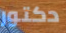
دكتور